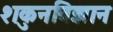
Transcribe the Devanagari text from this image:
शकुनविज्ञान